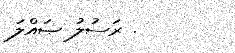
. ރަސުލު ޞައްލަ